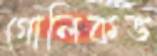
গোলিকভ